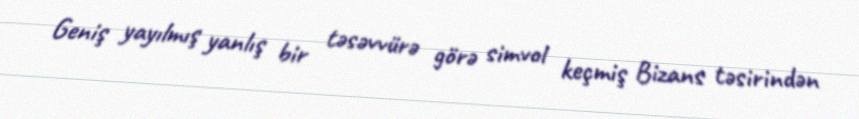
Geniş yayılmış yanlış bir təsəvvürə görə simvol keçmiş Bizans təsirindən